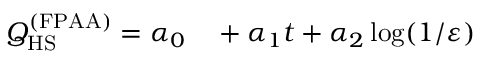
\begin{array} { r l } { Q _ { \mathrm { H S } } ^ { ( \mathrm { F P A A } ) } = \alpha _ { 0 } } & { { } + \alpha _ { 1 } t + \alpha _ { 2 } \log ( 1 / \varepsilon ) } \end{array}